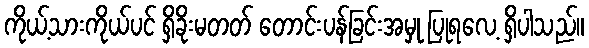
ကိုယ့်သားကိုယ်ပင် ရှိခိုးမတတ် တောင်းပန်ခြင်းအမှု ပြုရလေ့ ရှိပါသည်။